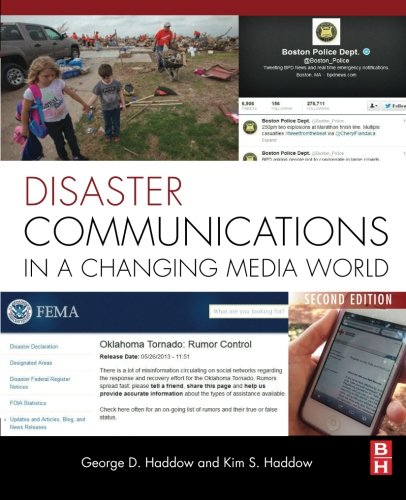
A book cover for Disaster Communications in a Changing Media World, Second Edition; George Haddow; Computers & Technology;